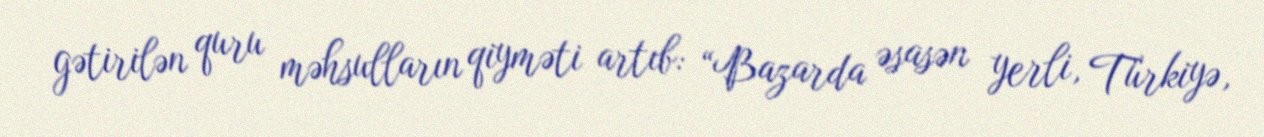
gətirilən quru məhsulların qiyməti artıb: “Bazarda əsasən yerli, Türkiyə,